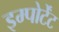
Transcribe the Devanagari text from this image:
इम्पोर्टेंट